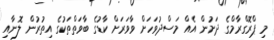
މި ޕްރޮގްރާމްގެ ދަށުން އެއް މަސްދުވަހަށް ވާވަރަށް ކާޑުގެ ބާވަތްތަކުގެ އިތުރުން ލޮނާއި